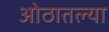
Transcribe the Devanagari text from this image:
ओठातल्या